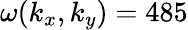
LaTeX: \omega(k_{x},k_{y})=485